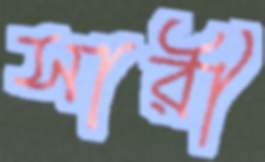
সারী